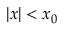
\left| x \right| < x _ { 0 }